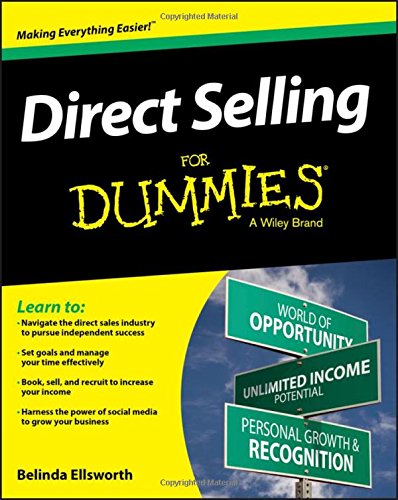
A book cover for Direct Selling For Dummies; Belinda Ellsworth; Business & Money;